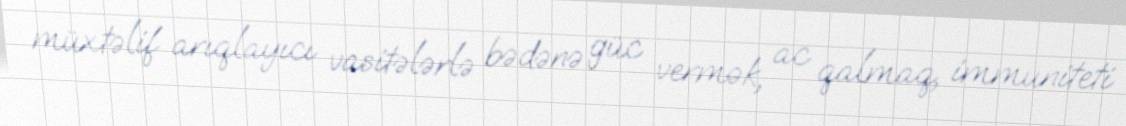
müxtəlif arıqlayıcı vasitələrlə bədənə güc vermək, ac qalmaq, immuniteti